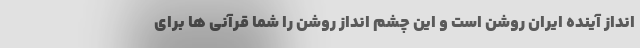
انداز آینده ایران روشن است و این چشم انداز روشن را شما قرآنی ها برای